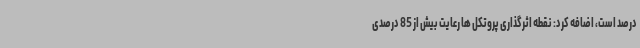
درصد است، اضافه کرد: نقطه اثرگذاری پروتکل ها رعایت بیش از 85 درصدی